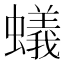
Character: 蟻